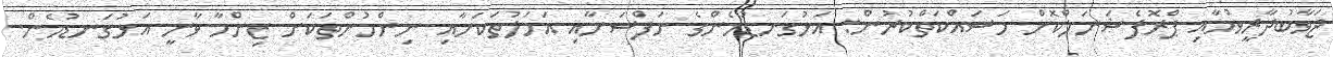
ޖަވާބުދާރީވުމާއި ޕްރޮފެޝަނަލްކޮށް މަސައްކަތްކުރުން: އަޅުގަނޑުމެންގެ ނަފްސަށާއި އަމަލުތަކަށާއި ނިންމުންތަކަށް ޒިންމާ ވާނީ އަޅުގަނޑުމެން.